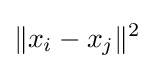
\|x_{i}-x_{j}\|^{2}